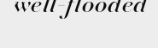
well-flooded